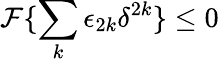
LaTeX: \mathcal{F}\{ \sum_{k}\epsilon_{2k}\delta^{2k}\} \le 0